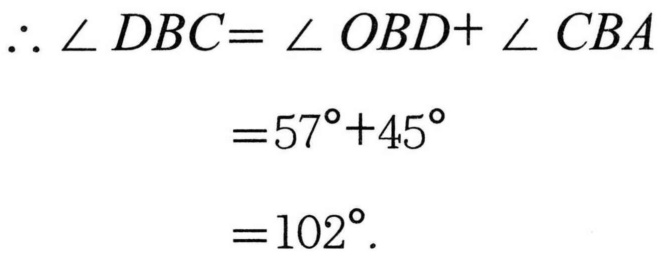
$\begin{align*}
\therefore \angle DBC&=\angle OBD + \angle CBA\\
&=57^{\circ}+45^{\circ}\\
&=102^{\circ}.
\end{align*}$